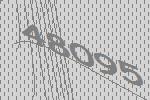
48095